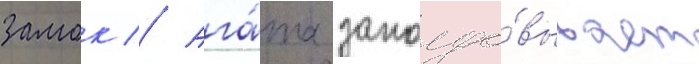
замок // Ага́та заколдо́вывает